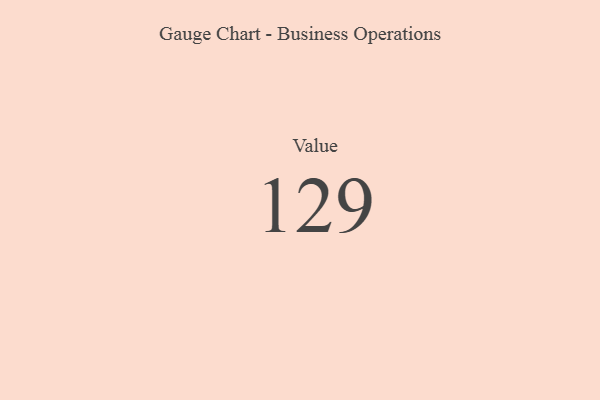
{"axis": {"x": "Metric", "y": "Value"}, "legend": [""], "data": [{"x": "Value", "y": 129, "type": ""}]}